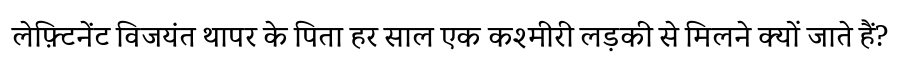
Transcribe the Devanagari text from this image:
लेफ़्टिनेंट विजयंत थापर के पिता हर साल एक कश्मीरी लड़की से मिलने क्यों जाते हैं?